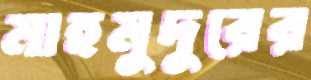
মাহমুদুরের